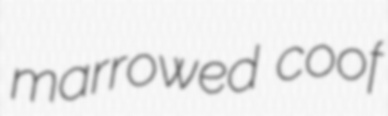
marrowed coof